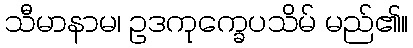
သီမာနာမ၊ ဥဒကုက္ခေပသိမ် မည်၏။